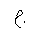
Letter: _gim